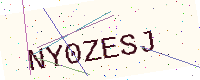
Text: NY0ZESJ